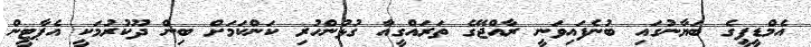
އެމްޑީޕީގެ ބަޔާނުގައި ބުނެފައިވަނީ ރާއްޖޭގެ ތަރައްގީއާ ގުޅުންހުރި ކަންކަމަށް ބިން ދޫކުރުމަކީ އެޕާޓީން